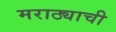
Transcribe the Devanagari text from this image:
मराठ्याची